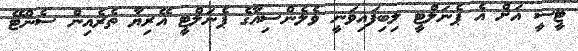
ޓީސީ އަށް އެ ޕެނަލްޓީ ލިބިފައިވަނީ ވެލެންސިއާގެ ޕެނަލްޓީ އޭރިޔާ ތެރެއިން ސެންޓޭ